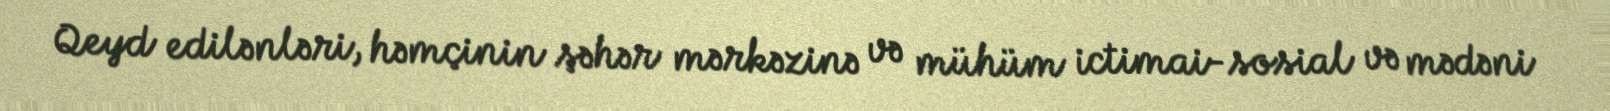
Qeyd edilənləri, həmçinin şəhər mərkəzinə və mühüm ictimai-sosial və mədəni